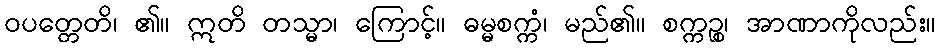
ဝပတ္တေတိ၊ ၏။ ဣတိ တသ္မာ၊ ကြောင့်။ ဓမ္မစက္ကံ၊ မည်၏။ စက္ကဉ္စ၊ အာဏာကိုလည်း။